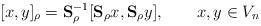
LaTeX: \begin{align*}[x,y]_\rho = \mathbf{S}_\rho^{-1}[\mathbf{S}_{\rho}x,\mathbf{S}_{\rho}y],\qquad x,y \in V_n\end{align*}